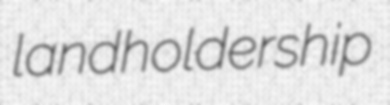
landholdership